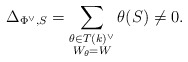
\begin{align*} \Delta_{\Phi^\vee,S}=\displaystyle \sum_{\substack{\theta \in T(k)^\vee\\ W_\theta=W}} \theta(S)\neq 0. \end{align*}